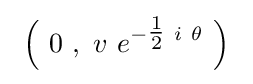
\ {\Bigl (}\ 0\ ,\ v\ e^{-{\tfrac {1}{2}}\ i\ \theta }\ {\Bigr )}~